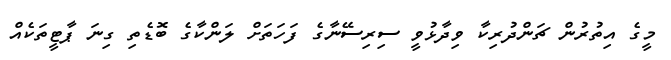
މީގެ އިތުރުން ޗަންދުރިކާ ވިދާޅުވީ ސިރިސޭނާގެ ފަހަތަށް ލަންކާގެ ބޮޑެތި ގިނަ ޕާޓީތަކެއް